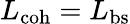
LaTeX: L_{\mathrm{coh}}=L_{\mathrm{bs}}